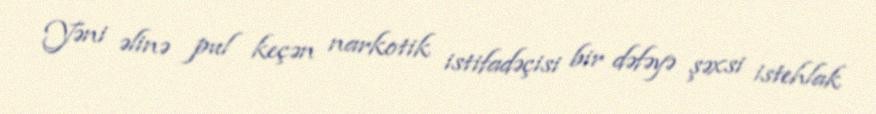
Yəni əlinə pul keçən narkotik istifadəçisi bir dəfəyə şəxsi istehlak